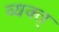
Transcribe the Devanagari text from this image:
व्यक्त्